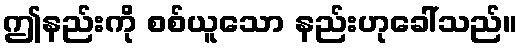
ဤနည်းကို စစ်ယူသော နည်းဟုခေါ်သည်။